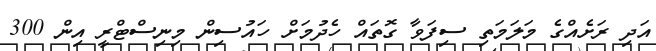
އަދި ރަށެއްގެ މަލަމަތި ސިފަވާ ގޮތައް ހެދުމަށް ހައުސިން މިނިސްޓްރީ އިން 300